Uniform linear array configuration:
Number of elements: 12
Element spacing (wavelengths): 0.75
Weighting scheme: blackman
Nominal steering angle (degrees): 60
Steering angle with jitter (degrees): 58.58
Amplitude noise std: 0.05
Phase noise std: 0.05

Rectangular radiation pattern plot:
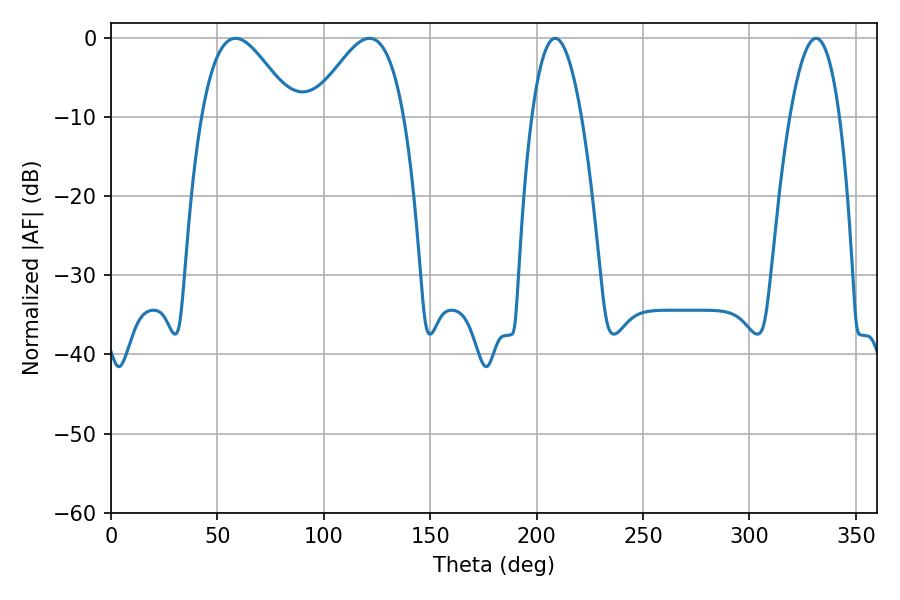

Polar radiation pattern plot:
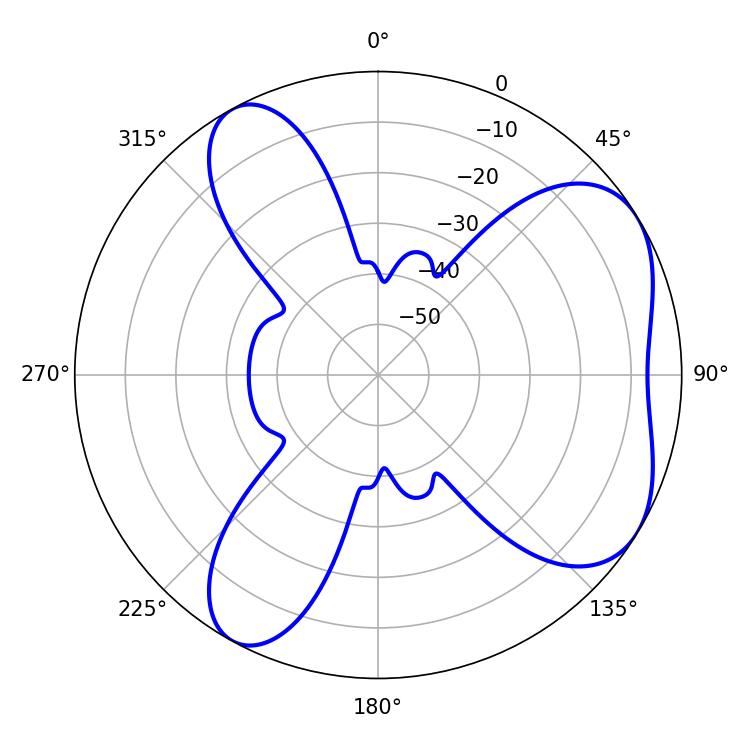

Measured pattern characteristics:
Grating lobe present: TRUE
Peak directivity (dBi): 5.517
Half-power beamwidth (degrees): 23.22
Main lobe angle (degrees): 58.5